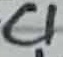
Text: C1